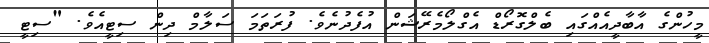
މީހުންގެ އާބާދީއެއްގައި ބެލްގޮރޯޑް އެގްލޯމެރޭޝަން އުފެދުނެވެ. ފުރަތަމަ ސަލާމް ދިން ސިޓީއެވެ. "ސިޓީ